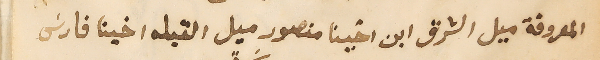
المعروفة ميل الشرق ابن اخينا منصور ميل القبله اخينا فارسَ